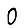
Digit: 0